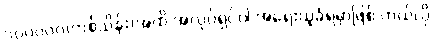
၁၀၀၀၀၀(တစ်သိန်း)အထိ အလုပ်ရှင်ပါ အရေးယူခံရမှာဖြစ် တယ်လို